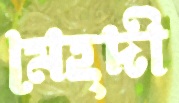
মেহ্দী